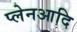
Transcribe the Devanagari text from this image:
प्लेनआदि